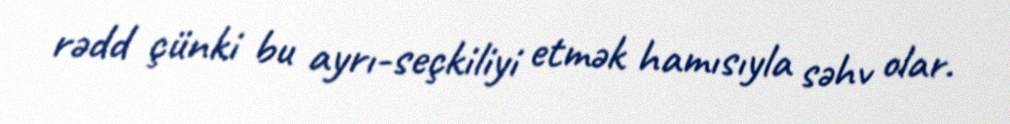
rədd çünki bu ayrı-seçkiliyi etmək hamısıyla səhv olar.